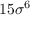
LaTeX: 1 5 \sigma ^ { 6 }